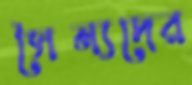
সৈন্যদের